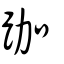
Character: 跏